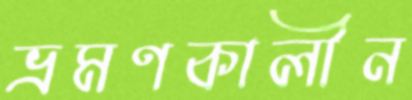
ভ্রমণকালীন